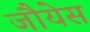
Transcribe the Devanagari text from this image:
जौयेस